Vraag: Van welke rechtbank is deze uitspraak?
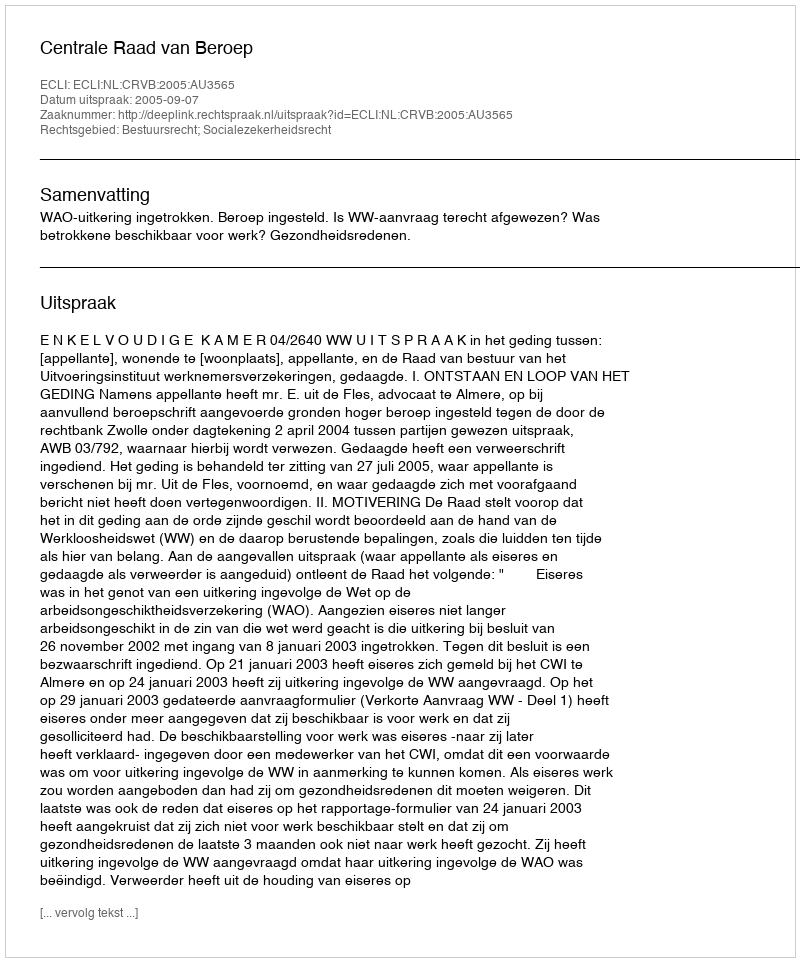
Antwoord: Centrale Raad van Beroep